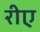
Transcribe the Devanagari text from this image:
रीए